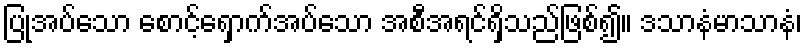
ပြုအပ်သော စောင့်ရှောက်အပ်သော အစီအရင်ရှိသည်ဖြစ်၍။ ဒသာနံမာသာနံ၊